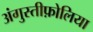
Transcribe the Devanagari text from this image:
अंगुस्तीफ़ोलिया